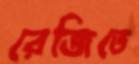
রেজিতে